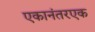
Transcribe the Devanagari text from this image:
एकानंतरएक